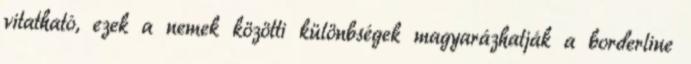
vitatható, ezek a nemek közötti különbségek magyarázhatják a borderline